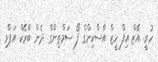
ހުރީ. އޭޒް އިފް ހީޒް އާސްކިންގް ފޯ ސަމްތިންގް. ދެން ބްރޭކް އަޕްވި